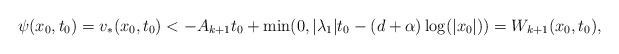
LaTeX: \begin{align*}\psi(x_0,t_0) = v_*(x_0,t_0) < -A_{k+1} t_0 + \min(0, |\lambda_1|t_0 - (d+\alpha) \log (|x_0|)) = W_{k+1}(x_0,t_0) ,\end{align*}